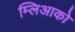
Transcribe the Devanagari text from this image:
म्लिआको